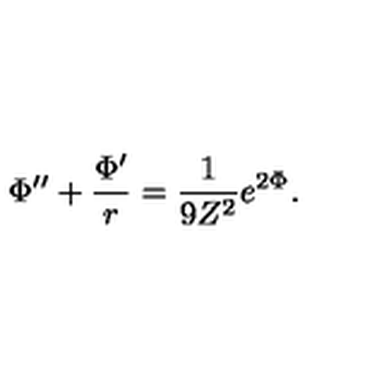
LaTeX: \Phi ^ { \prime \prime } + \frac { \Phi ^ { \prime } } { r } = \frac { 1 } { 9 Z ^ { 2 } } e ^ { 2 \Phi } .